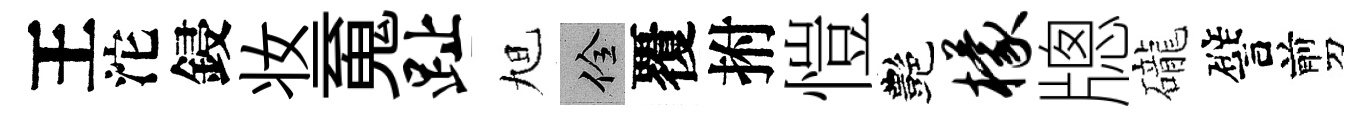
王沱鋟妆䰟趾旭佺覆拊愷艷檬牕礲譬剪